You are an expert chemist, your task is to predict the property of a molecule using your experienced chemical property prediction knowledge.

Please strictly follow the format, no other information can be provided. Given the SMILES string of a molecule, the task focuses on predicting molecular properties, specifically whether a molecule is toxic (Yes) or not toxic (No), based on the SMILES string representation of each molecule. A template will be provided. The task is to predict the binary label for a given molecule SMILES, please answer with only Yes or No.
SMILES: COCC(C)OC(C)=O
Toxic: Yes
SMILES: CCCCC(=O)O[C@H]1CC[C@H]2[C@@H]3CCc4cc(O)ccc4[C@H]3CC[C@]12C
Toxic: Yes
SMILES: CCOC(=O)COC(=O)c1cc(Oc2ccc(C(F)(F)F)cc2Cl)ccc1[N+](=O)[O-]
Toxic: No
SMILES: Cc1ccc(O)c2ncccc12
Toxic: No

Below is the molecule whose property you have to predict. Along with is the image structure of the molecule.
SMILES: O=c1oc(=O)c2cc3c(=O)oc(=O)c3cc12
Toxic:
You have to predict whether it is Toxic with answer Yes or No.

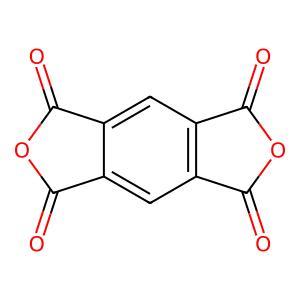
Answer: No